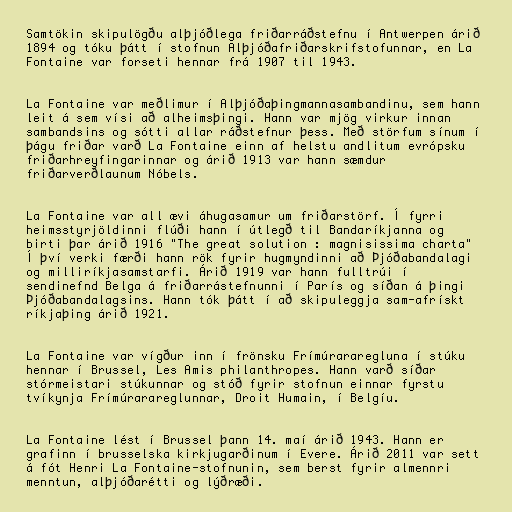
Samtökin skipulögðu alþjóðlega friðarráðstefnu í Antwerpen árið
1894 og tóku þátt í stofnun Alþjóðafriðarskrifstofunnar, en La
Fontaine var forseti hennar frá 1907 til 1943.

La Fontaine var meðlimur í Alþjóðaþingmannasambandinu, sem hann
leit á sem vísi að alheimsþingi. Hann var mjög virkur innan
sambandsins og sótti allar ráðstefnur þess. Með störfum sínum í
þágu friðar varð La Fontaine einn af helstu andlitum evrópsku
friðarhreyfingarinnar og árið 1913 var hann sæmdur
friðarverðlaunum Nóbels.

La Fontaine var all ævi áhugasamur um friðarstörf. Í fyrri
heimsstyrjöldinni flúði hann í útlegð til Bandaríkjanna og
birti þar árið 1916 "The great solution : magnisissima charta"
Í því verki færði hann rök fyrir hugmyndinni að Þjóðabandalagi
og milliríkjasamstarfi. Árið 1919 var hann fulltrúi í
sendinefnd Belga á friðarrástefnunni í París og síðan á þingi
Þjóðabandalagsins. Hann tók þátt í að skipuleggja sam-afrískt
ríkjaþing árið 1921.

La Fontaine var vígður inn í frönsku Frímúrararegluna í stúku
hennar í Brussel, Les Amis philanthropes. Hann varð síðar
stórmeistari stúkunnar og stóð fyrir stofnun einnar fyrstu
tvíkynja Frímúrarareglunnar, Droit Humain, í Belgíu.

La Fontaine lést í Brussel þann 14. maí árið 1943. Hann er
grafinn í brusselska kirkjugarðinum í Evere. Árið 2011 var sett
á fót Henri La Fontaine-stofnunin, sem berst fyrir almennri
menntun, alþjóðarétti og lýðræði.